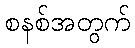
စနစ်အတွက်